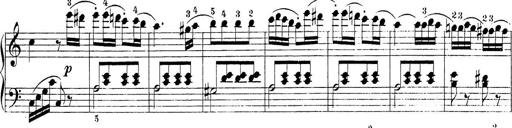
Title: Sonatina Album
Composer: Louis KÃ¶hler